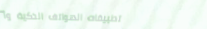
تطبيقات الهواتف الذكية وأ